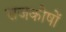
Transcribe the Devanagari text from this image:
राजकोषों